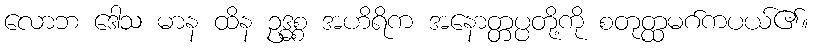
လောဘ ဒေါသ မာန ထိန ဥဒ္ဓစ္စ အဟိရိက အနောတ္တပ္ပတို့ကို စတုတ္ထမဂ်ကပယ်၏။